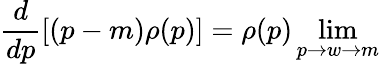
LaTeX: \frac{d}{dp}[(p-m)\rho(p)]=\rho(p)\operatorname*{lim}_{p\rightarrow w\rightarrow m}